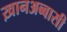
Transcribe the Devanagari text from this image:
ख़ानअब्बासी